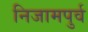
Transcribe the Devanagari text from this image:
निजामपुर्व